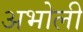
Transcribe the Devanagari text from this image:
अभोली